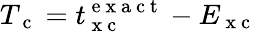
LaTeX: T_{\mathrm{~c~}}=t_{\mathrm{~x~c~}}^{\mathrm{~e~x~a~c~t~}}-E_{\mathrm{~x~c~}}